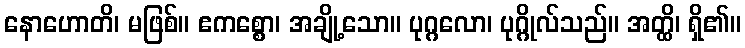
နောဟောတိ၊ မဖြစ်။ ဧကစ္စော၊ အချို့သော။ ပုဂ္ဂလော၊ ပုဂ္ဂိုလ်သည်။ အတ္ထိ၊ ရှိ၏။